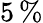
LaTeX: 5\, \%